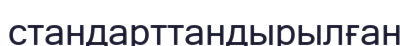
стандарттандырылған